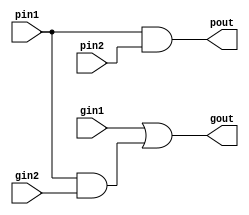
`timescale 1ns / 1ps
//////////////////////////////////////////////////////////////////////////////////
// Company: 
// Engineer: 
// 
// Design Name: 
// Module Name: processing
// Project Name: 
// Target Devices: 
// Tool Versions: 
// Description: 
// 
// Dependencies: 
// 
// Revision:
// Revision 0.01 - File Created
// Additional Comments:
// 
//////////////////////////////////////////////////////////////////////////////////


module processing(pout,gout,pin1,gin1,pin2,gin2);
input pin1,pin2,gin1,gin2;
output pout,gout;
    assign gout=gin1|(pin1&gin2);
    assign pout=pin1&pin2;
endmodule